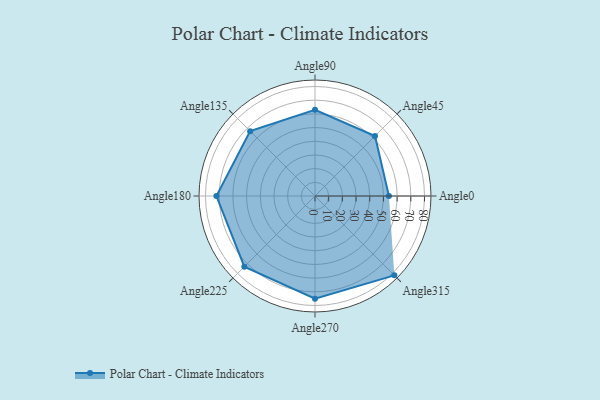
{"axis": {"x": "Angle", "y": "Radius"}, "legend": [""], "data": [{"x": "Angle0", "y": 54.0, "type": ""}, {"x": "Angle45", "y": 62.0, "type": ""}, {"x": "Angle90", "y": 63.0, "type": ""}, {"x": "Angle135", "y": 67.0, "type": ""}, {"x": "Angle180", "y": 72.0, "type": ""}, {"x": "Angle225", "y": 73.0, "type": ""}, {"x": "Angle270", "y": 75.0, "type": ""}, {"x": "Angle315", "y": 82.0, "type": ""}]}